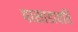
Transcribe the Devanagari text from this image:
पासाडावरि